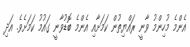
އެންމެ މުހިންމު ވާނީ ރައްޔިތުން ކަމަށާއި އެންމެ ބޮޑުވާނީ ގައުމު ކަމަށެވެ. އަދި